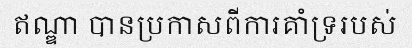
ឥណ្ឌា បានប្រកាសពីការគាំទ្ររបស់